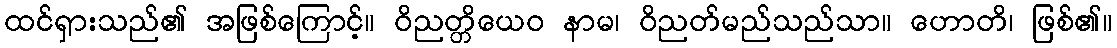
ထင်ရှားသည်၏ အဖြစ်ကြောင့်။ ဝိညတ္တိယေဝ နာမ၊ ဝိညတ်မည်သည်သာ။ ဟောတိ၊ ဖြစ်၏။